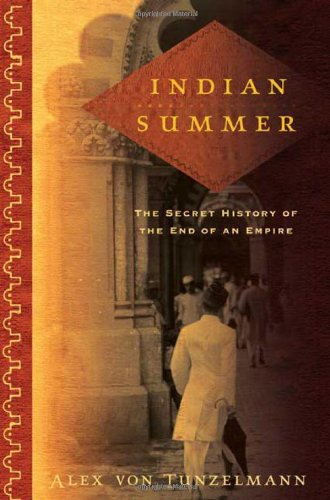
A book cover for Indian Summer: The Secret History of the End of an Empire; Alex Von Tunzelmann; Biographies & Memoirs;